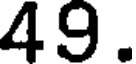
49.